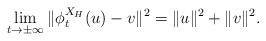
LaTeX: \begin{align*}\lim_{t\rightarrow\pm \infty} \|\phi_t^{X_H}(u)-v\|^2 = \|u\|^2 + \|v\|^2.\end{align*}